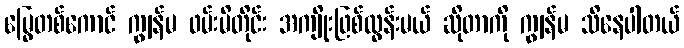
မြွေတစ်ကောင် ကျွန်မ ဖမ်းမိတိုင်း အကျိုးဖြစ်ထွန်းမယ် ဆိုတာကို ကျွန်မ သိနေပါတယ်